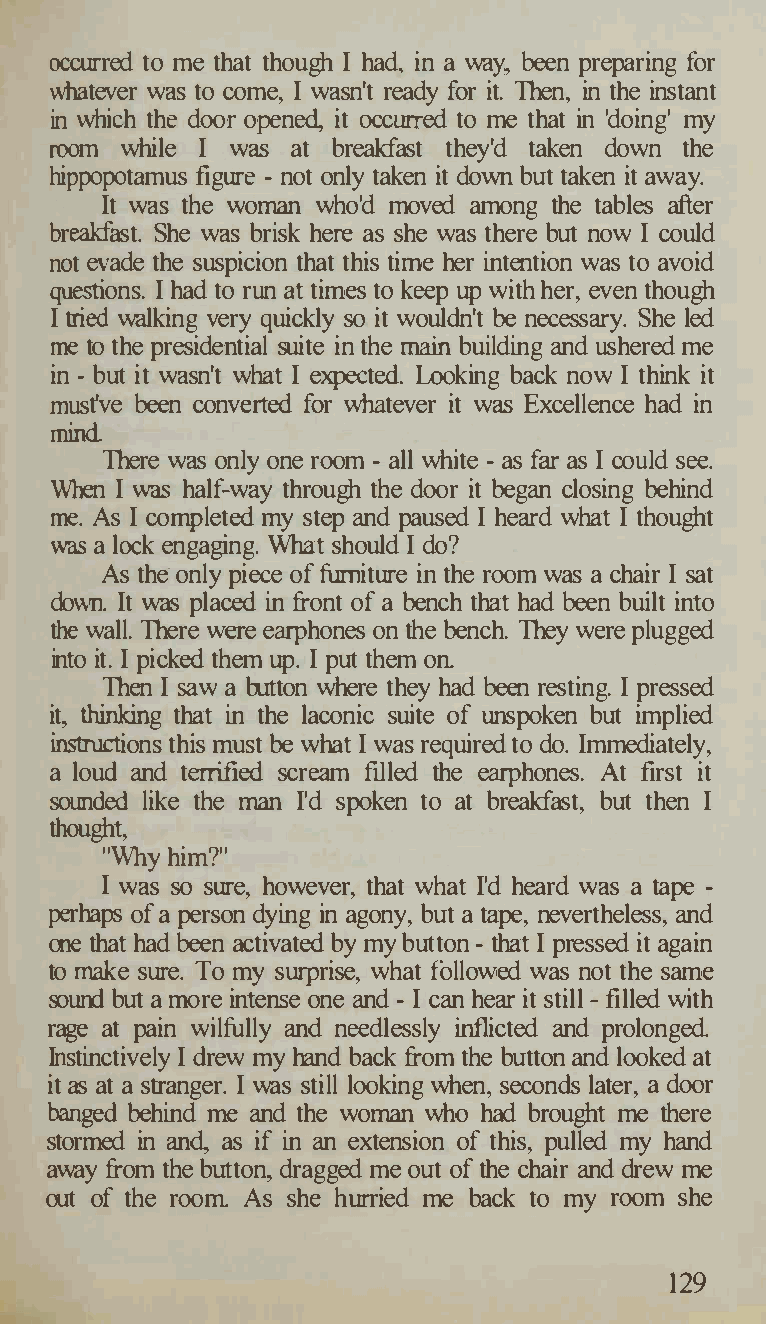
occurred to me that though I had, in a way, been preparing for
 whatever was to come, I wasn't ready for it. Then, in the instant
 in which the door opened, it occurred to me that in 'doing' my
 room while I was at breakfast they'd taken down the
 hippopotamus figure - not only taken it down but taken it away.
 It was the woman who'd moved among the tables after
 breakfast. She was brisk here as she was there but now I could
 not evade the suspicion that this time her intention was to avoid
 questions. I had to run at times to keep up with her, even though
 I tried walking very quickly so it wouldn't be necessary. She led
 me to the presidential suite in the main building and ushered me
 in - but it wasn't what I expected Looking back now I think it
 must've been converted for whatever it was Excellence had in
 mind
 There was only one room - all white - as far as I could see.
 When I was half-way through the door it began closing behind
 me. As I completed my step and paused I heard what I thought
 was a lock engaging. What should I do?
 As the-only piece of finniture in the room was a chair I sat
 down. It was placed in front of a bench that had been built into
 the wall. There were earphones on the bench. They were plugged
 into it. I picked them up. I put them on
 Then I saw a button where they had been resting. I pressed
 it, thinking that in the laconic suite of unspoken but implied
 instructions this must be what I was required to do. Immediately,
 a loud and terrified scream filled the earphones. At first it
 sounded like the man I'd spoken to at breakfast, but then I
 thought,
 "Why him?"
 I was so sure, however, that what I'd heard was a tape -
 perhaps of a person dying in agony, but a tape, nevertheless, and
 one that had been activated by my button - that I pressed it again
 to make sure. To my surprise, what followed was not the same
 sound but a more intense one and - I can hear it still - filled with
 rage at pain wilfully and needlessly inflicted and prolonged.
 Instinctively I drew my hand back from the button and looked at
 it as at a stranger. I was still looking when, seconds later, a door
 banged behind and the woman who had brought me there
 me
 stormed in and, as if in an extension of this, pulled my hand
 away from the button, dragged me out of the chair and drew me
 out of the room As she hurried me back to my room she
 129